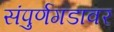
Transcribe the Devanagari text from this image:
संपुर्णगडावर